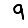
Digit: 9